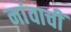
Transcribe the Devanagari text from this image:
नांवाचीं